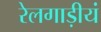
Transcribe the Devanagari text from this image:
रेलगाड़ीयं